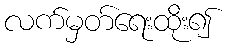
လက်မှတ်ရေးထိုး၍